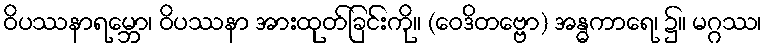
ဝိပဿနာရမ္ဘော၊ ဝိပဿနာ အားထုတ်ခြင်းကို။ (ဝေဒိတဗ္ဗော) အန္ဓကာရေ၊ ၌။ မဂ္ဂဿ၊